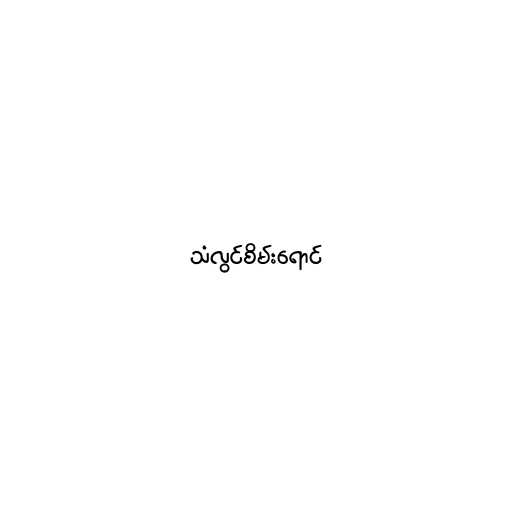
သံလွင်စိမ်းရောင်